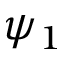
\psi _ { 1 }